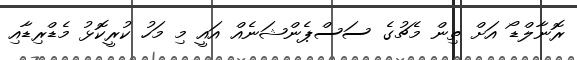
ރޮނާލްޑޯ އަށް ތިން މެޗުގެ ސަސްޕެންޝަނެއް އައީ މި މަހު ކުރީކޮޅު މެޑްރިޑާއި